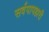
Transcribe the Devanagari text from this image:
सर्वपापहारी